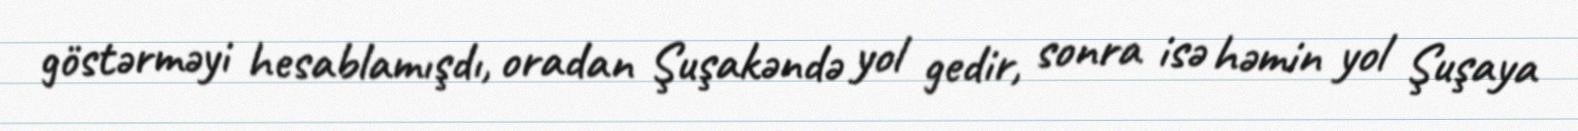
göstərməyi hesablamışdı, oradan Şuşakəndə yol gedir, sonra isə həmin yol Şuşaya